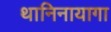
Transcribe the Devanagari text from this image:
थानिनायागा